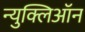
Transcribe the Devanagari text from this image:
न्युक्लिऑन